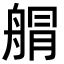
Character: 䑵